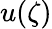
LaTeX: u(\zeta)